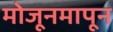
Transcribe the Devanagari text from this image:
मोजूनमापून